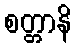
စတ္တာနိ